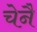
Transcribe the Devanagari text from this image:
चेनै